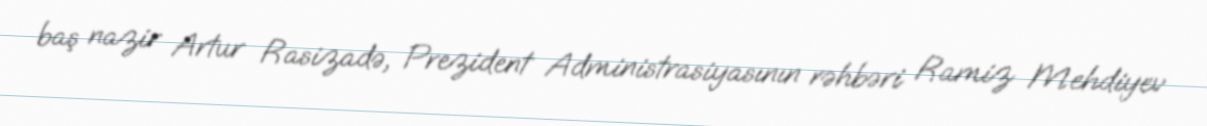
baş nazir Artur Rasizadə, Prezident Administrasiyasının rəhbəri Ramiz Mehdiyev